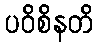
ပဝိစိနတိ